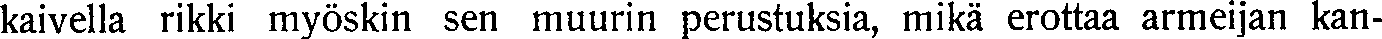
kaivella rikki myöskin sen muurin perustuksia, mikä erottaa armeijan kan-